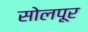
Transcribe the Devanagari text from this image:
सोलपूर